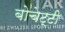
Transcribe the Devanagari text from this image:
बोचेट्टी